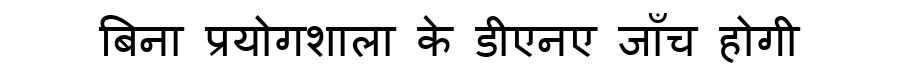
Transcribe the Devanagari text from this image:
बिना प्रयोगशाला के डीएनए जाँच होगी